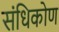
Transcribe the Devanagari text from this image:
संधिकोण